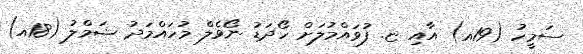
ސަމީހު (19އ) އާއި ޏ. ފުވައްމުލަށް ހޯދަޑު ނޯވެލް މުހައްމަދު ޝަމްލު (18އ)